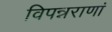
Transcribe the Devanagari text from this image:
विपन्नराणां